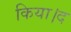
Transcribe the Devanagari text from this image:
किया।द